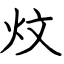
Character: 炆